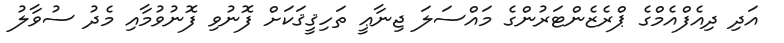
އަދި ދިއެފްއެމްގެ ޕްރެޒެންޓަރުންގެ މައްސަލަ ޖިނާޢީ ތަހިޤީޤަކަށް ފޮނުވި ފޮނުވުމާއި މެދު ސުވާލު